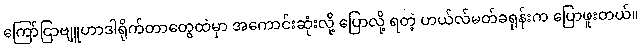
ကြော်ငြာဗျူဟာဒါရိုက်တာတွေထဲမှာ အကောင်းဆုံးလို့ ပြောလို့ ရတဲ့ ဟယ်လ်မတ်ခရုန်းက ပြောဖူးတယ်။